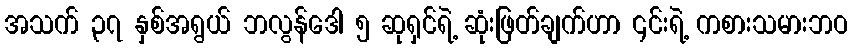
အသက် ၃၇ နှစ်အရွယ် ဘလွန်ဒေါ ၅ ဆုရှင်ရဲ့ ဆုံးဖြတ်ချက်ဟာ ၎င်းရဲ့ ကစားသမားဘဝ